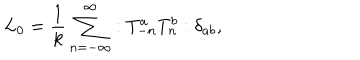
L _ { 0 } = \frac { 1 } { k } \sum _ { n = - \infty } ^ { \infty } : T _ { - n } ^ { a } T _ { n } ^ { b } : \delta _ { a b } ,